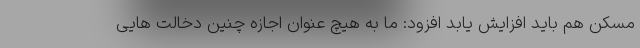
مسکن هم باید افزایش یابد افزود: ما به هیچ عنوان اجازه چنین دخالت هایی